Report of the Indian Hemp Drugs Commission, 1894-1895 - Volume V
Year: 1894
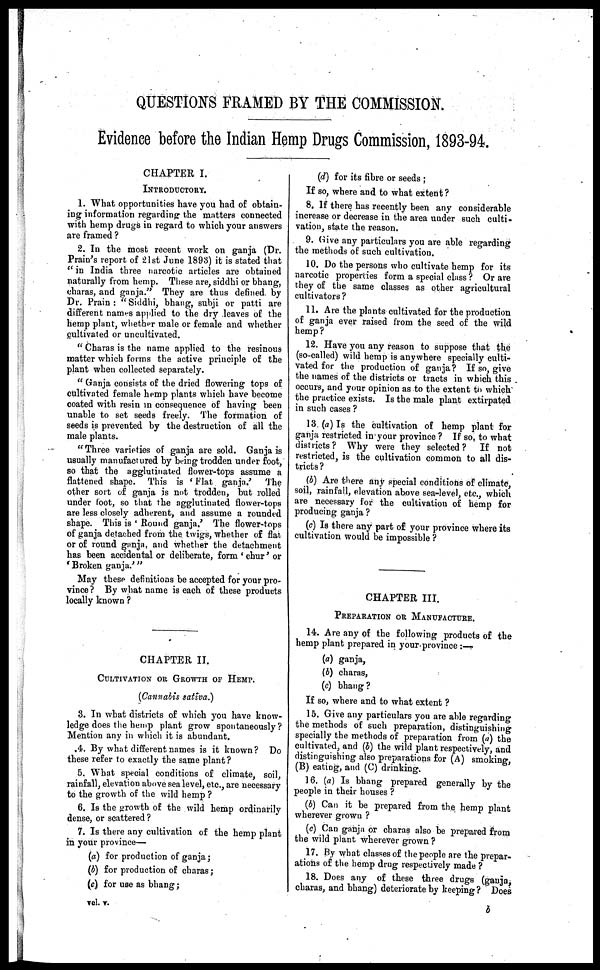
QUESTIONS FRAMED BY THE COMMISSION.
Evidence before the Indian Hemp Drugs Commission, 1893-94.
CHAPTER I.
INTRODUCTORY.
1. What opportunities have you had of obtain-
ing information regarding the matters connected
with hemp drugs in regard to which your answers
are framed ?
2. In the most recent work on ganja (Dr.
Prain's report of 21st June 1893) it is stated that
"in India three narcotic articles are obtained
naturally from hemp. These are, siddhi or bhang,
charas, and ganja." They are thus defined, by
Dr. Prain : " Siddhi, bhang, subji or patti are
different names applied to the dry leaves of the
hemp plant, whether male or female and whether
cultivated or uncultivated.
" Charas is the name applied to the resinous
matter which forms the active principle of the
plant when collected separately.
" Ganja consists of the dried flowering tops of
cultivated female hemp plants which have become
coated with resin in consequence of having been
unable to set seeds freely. The formation of
seeds is prevented by the destruction of all the
male plants.
"Three varieties of ganja are sold. Ganja is
usually manufactured by being trodden under foot,
so that the agglutinated flower-tops assume a
flattened shape. This is ' Flat ganja.' The
other sort of ganja is not trodden, but rolled
under loot, so that the agglutinated flower-tops
are less closely adherent, and assume a rounded
shape. This is ' Round ganja.' The flower-tops
of ganja detached from the. twigs, whether of flat
or of round ganja, and whether the detachment
has been accidental or deliberate, form ' chur' or
' Broken ganja.' "
May these definitions be accepted for your pro-
vince ? By what name is each of these products
locally known ?
CHAPTER II.
CULTIVATION OR GROWTH OF HEMP.
(Cannabis sativa.)
3. In what districts of which you have know-
ledge does the hemp plant grow spontaneously?
Mention any in which it is abundant.
.4. By what different names is it known? Do
these refer to exactly the same plant ?
5. What special conditions of climate, soil,
rainfall, elevation above sea level, etc., are necessary
to the growth of the wild hemp ?
6. Is the growth of the wild hemp ordinarily
dense, or scattered?
7. Is there any cultivation of the hemp plant
in your province—
(a) for production of ganja;
(b) for production of charas;
(c) for use as bhang;
vel. v.
(d) for its fibre or seeds ;
If so, where and to what extent ?
8. If there has recently been any considerable
increase or decrease in the area under such culti-
vation, state the reason.
9. Give any particulars you are able regarding
the methods of such cultivation.
10. Do the persons who cultivate hemp for its
narcotic properties form a special class ? Or are
they of the same classes as other agricultural
cultivators?
11. Are the plants cultivated for the production
of ganja ever raised from the seed of the wild
hemp?
12. Have you any reason to suppose that the
(so-called) wild hemp is anywhere specially culti-
vated for the production of ganja? If so, give
the names of the districts or tracts in which this
occurs, and your opinion as to the extent to which
the practice exists. Is the male plant extirpated
in such cases ?
13. (a) Is the cultivation of hemp plant for
ganja restricted in your province ? If so, to what
districts ? Why were they selected ? If not
restricted, is the cultivation common to all dis-
tricts ?
(b) Are there any special conditions of climate,
soil, rainfall, elevation above sea-level, etc., which
are necessary for the cultivation of hemp for
producing ganja ?
(c) Is there any part of your province where its
cultivation would be impossible ?
CHAPTER III.
PREPARATION OR MANUFACTURE.
14. Are any of the following products of the
hemp plant prepared in your province : —
(a) ganja,
(b) charas,
(c) bhang?
If so, where and to what extent ?
15. Give any particulars you are able regarding
the methods of such preparation, distinguishing
specially the methods of preparation from (a) the
cultivated, and (b) the wild plant respectively, and
distinguishing also preparations for (A) smoking,
(B) eating, and (C) drinking.
16. (a) Is bhang prepared generally by the
people in their houses ?
(b) Can it be prepared from the hemp plant
wherever grown ?
(e) Can ganja or charas also be prepared from
the wild plant wherever grown ?
17. By what classes of the people are the prepar-
ations of the hemp drug respectively made ?
18. Does any of these three drugs (ganja,
charas, and bhang) deteriorate by keeping ? Does
b